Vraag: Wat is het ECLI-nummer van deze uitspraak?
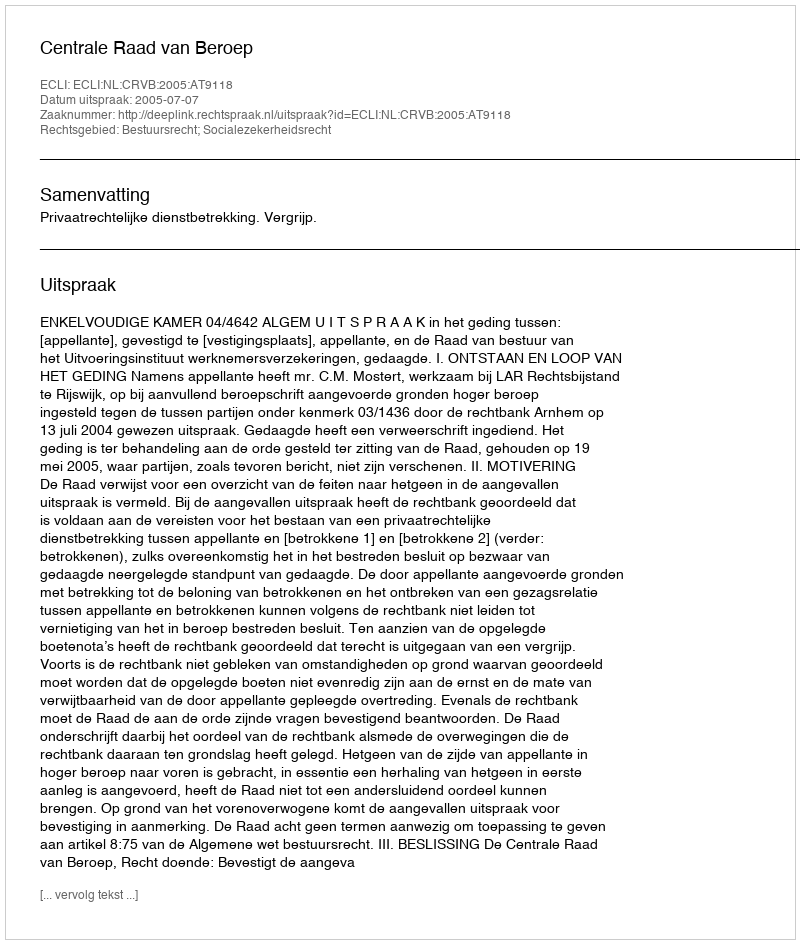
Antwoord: ECLI:NL:CRVB:2005:AT9118